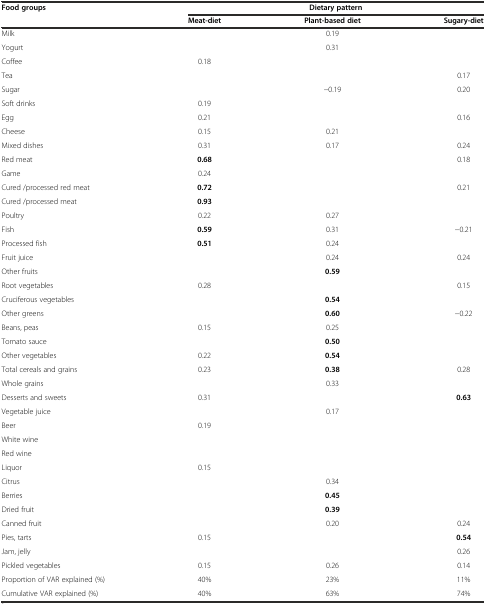
<table><thead><tr><td rowspan="2"><b>Food groups</b></td><td colspan="3"><b>Dietary pattern</b></td></tr><tr><td><b>Meat-diet</b></td><td><b>Plant-based diet</b></td><td><b>Sugary-diet</b></td></tr></thead><tbody><tr><td>Milk</td><td></td><td>0.19</td><td></td></tr><tr><td>Yogurt</td><td></td><td>0.31</td><td></td></tr><tr><td>Coffee</td><td>0.18</td><td></td><td></td></tr><tr><td>Tea</td><td></td><td></td><td>0.17</td></tr><tr><td>Sugar</td><td></td><td>-0.19</td><td>0.20</td></tr><tr><td>Soft drinks</td><td>0.19</td><td></td><td></td></tr><tr><td>Egg</td><td>0.21</td><td></td><td>0.16</td></tr><tr><td>Cheese</td><td>0.15</td><td>0.21</td><td></td></tr><tr><td>Mixed dishes</td><td>0.31</td><td>0.17</td><td>0.24</td></tr><tr><td>Red meat</td><td><b>0.68</b></td><td></td><td>0.18</td></tr><tr><td>Game</td><td>0.24</td><td></td><td></td></tr><tr><td>Cured /processed red meat</td><td><b>0.72</b></td><td></td><td>0.21</td></tr><tr><td>Cured /processed meat</td><td><b>0.93</b></td><td></td><td></td></tr><tr><td>Poultry</td><td>0.22</td><td>0.27</td><td></td></tr><tr><td>Fish</td><td><b>0.59</b></td><td>0.31</td><td>-0.21</td></tr><tr><td>Processed fish</td><td><b>0.51</b></td><td>0.24</td><td></td></tr><tr><td>Fruit juice</td><td></td><td>0.24</td><td>0.24</td></tr><tr><td>Other fruits</td><td></td><td><b>0.59</b></td><td></td></tr><tr><td>Root vegetables</td><td>0.28</td><td></td><td>0.15</td></tr><tr><td>Cruciferous vegetables</td><td></td><td><b>0.54</b></td><td></td></tr><tr><td>Other greens</td><td></td><td><b>0.60</b></td><td>-0.22</td></tr><tr><td>Beans, peas</td><td>0.15</td><td>0.25</td><td></td></tr><tr><td>Tomato sauce</td><td></td><td><b>0.50</b></td><td></td></tr><tr><td>Other vegetables</td><td>0.22</td><td><b>0.54</b></td><td></td></tr><tr><td>Total cereals and grains</td><td>0.23</td><td><b>0.38</b></td><td>0.28</td></tr><tr><td>Whole grains</td><td></td><td>0.33</td><td></td></tr><tr><td>Desserts and sweets</td><td>0.31</td><td></td><td><b>0.63</b></td></tr><tr><td>Vegetable juice</td><td></td><td>0.17</td><td></td></tr><tr><td>Beer</td><td>0.19</td><td></td><td></td></tr><tr><td>White wine</td><td></td><td></td><td></td></tr><tr><td>Red wine</td><td></td><td></td><td></td></tr><tr><td>Liquor</td><td>0.15</td><td></td><td></td></tr><tr><td>Citrus</td><td></td><td>0.34</td><td></td></tr><tr><td>Berries</td><td></td><td><b>0.45</b></td><td></td></tr><tr><td>Dried fruit</td><td></td><td><b>0.39</b></td><td></td></tr><tr><td>Canned fruit</td><td></td><td>0.20</td><td>0.24</td></tr><tr><td>Pies, tarts</td><td>0.15</td><td></td><td><b>0.54</b></td></tr><tr><td>Jam, jelly</td><td></td><td></td><td>0.26</td></tr><tr><td>Pickled vegetables</td><td>0.15</td><td>0.26</td><td>0.14</td></tr><tr><td>Proportion of VAR explained (%)</td><td>40%</td><td>23%</td><td>11%</td></tr><tr><td>Cumulative VAR explained (%)</td><td>40%</td><td>63%</td><td>74%</td></tr></tbody></table>